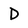
Character: D